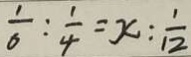
\frac { 1 } { 6 } : \frac { 1 } { 4 } = x : \frac { 1 } { 1 2 }